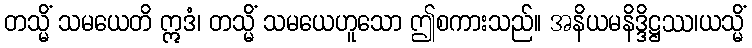
တသ္မိံ သမယေတိ ဣဒံ၊ တသ္မိံ သမယေဟူသော ဤစကားသည်။ အနိယမနိဒ္ဒိဋ္ဌဿ၊ယသ္မိံ